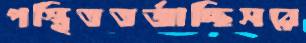
পস্থিততর্জাচ্ছিসরে